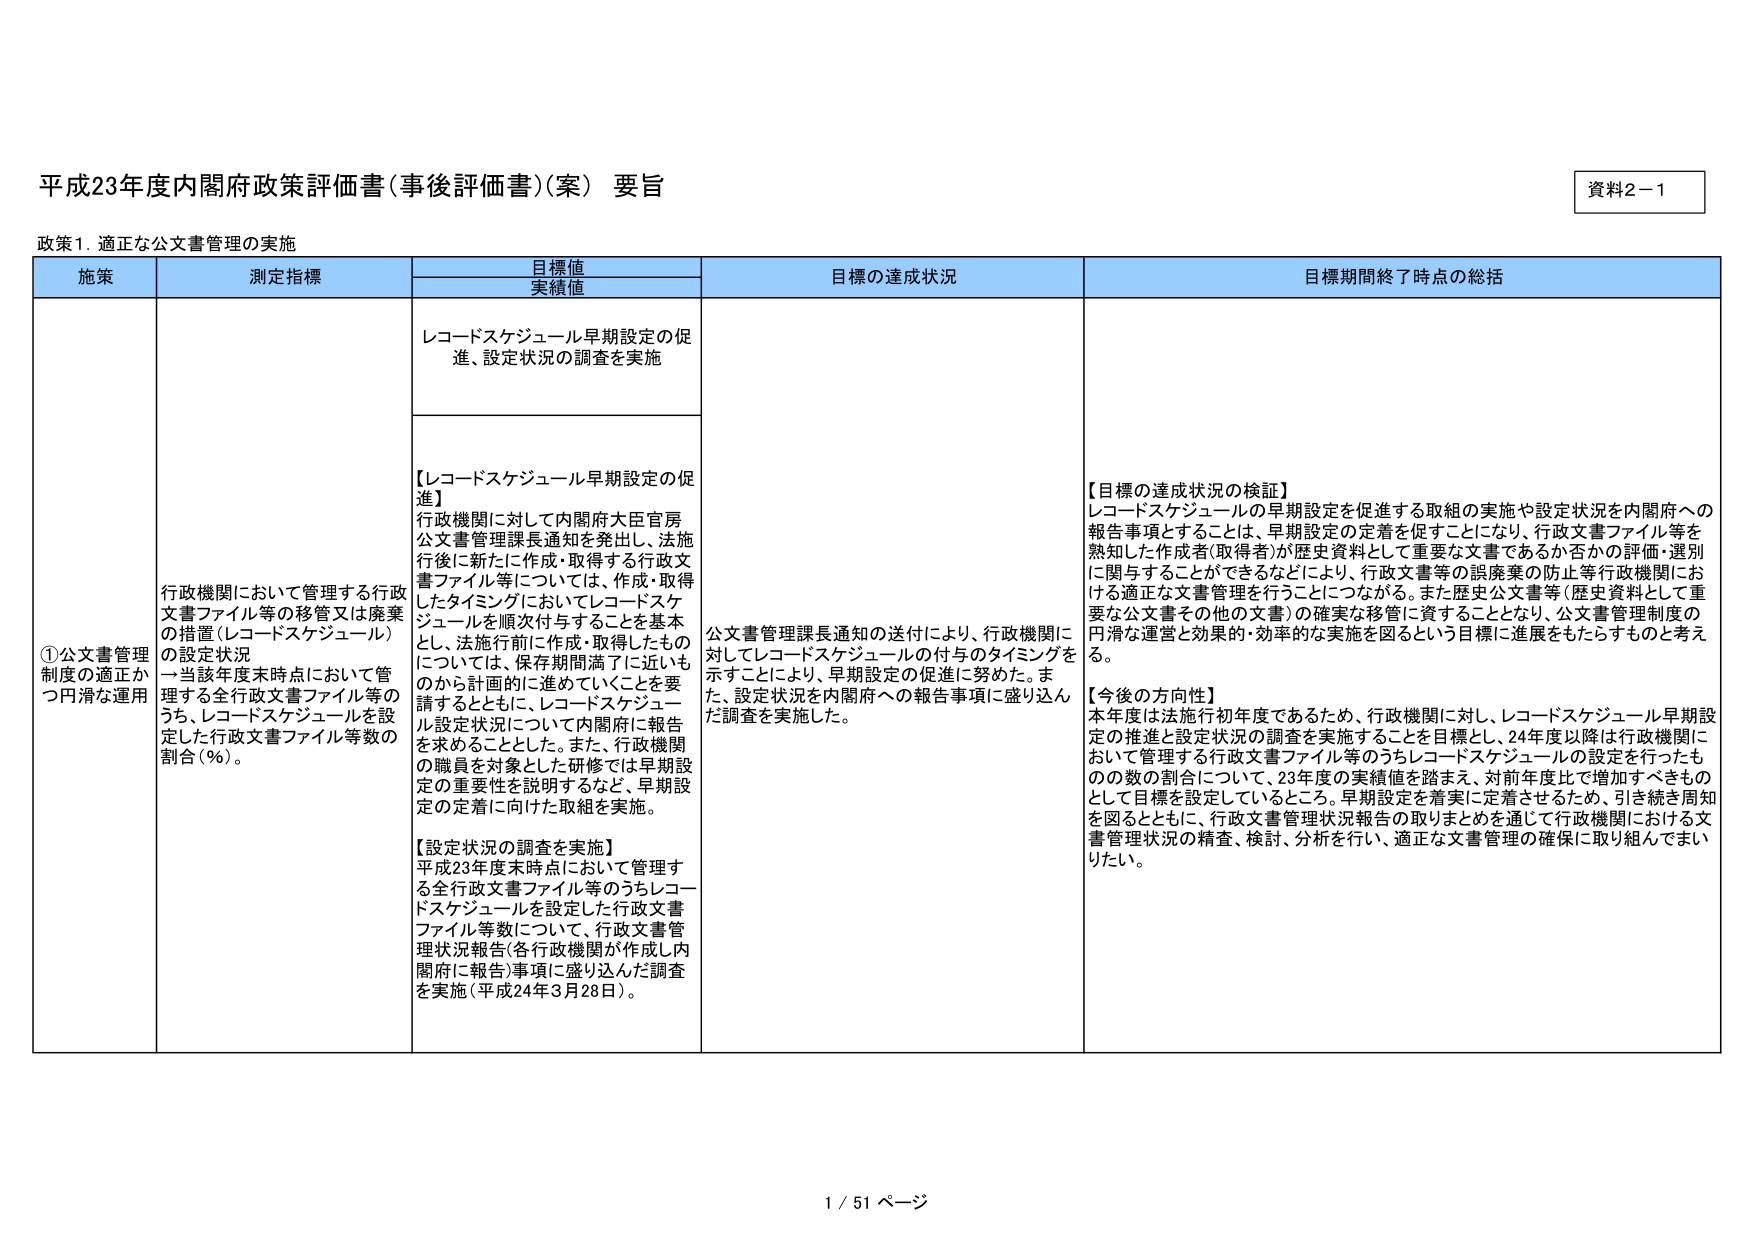
平成23年度内閣府政策評価書（事後評価書）（案） 要旨

資料2－1

政策1．適正な公文書管理の実施

施策 測定指標 目標値 実績値 目標の達成状況 目標期間終了時点の総括

①公文書管理制度の適正かつ円滑な運用

行政機関において管理する行政文書ファイル等の移管又は廃棄の措置（レコードスケジュール）の設定状況 →当該年度末時点において管理する全行政文書ファイル等のうち、レコードスケジュールを設定した行政文書ファイル等数の割合（％）。

レコードスケジュール早期設定の促進、設定状況の調査を実施

【レコードスケジュール早期設定の促進】
行政機関に対して内閣府大臣官房公文書管理課長通知を発出し、法施行後に新たに作成・取得する行政文書ファイル等については、作成・取得したタイミングにおいてレコードスケジュールを順次付与することを基本とし、法施行前に作成・取得したものについては、保存期間満了に近いものから計画的に進めていくことを要請するとともに、レコードスケジュール設定状況について内閣府に報告を求めることとした。また、行政機関の職員を対象とした研修では早期設定の重要性を説明するなど、早期設定の定着に向けた取組を実施。

【設定状況の調査を実施】
平成23年度末時点において管理する全行政文書ファイル等のうちレコードスケジュールを設定した行政文書ファイル等数について、行政文書管理状況報告（各行政機関が作成し内閣府に報告）事項に盛り込んだ調査を実施（平成24年3月28日）。

公文書管理課長通知の送付により、行政機関に対してレコードスケジュールの付与のタイミングを示すことにより、早期設定の促進に努めた。また、設定状況を内閣府への報告事項に盛り込んだ調査を実施した。

【目標の達成状況の検証】
レコードスケジュールの早期設定を促進する取組の実施や設定状況を内閣府への報告事項とするこ とは、早期設定の定着を促すことになり、行政文書ファイル等を熟知した作成者（取得者）が歴史資料として重要な文書であるか否かの評価・選別に関与することができるなどにより、行政文書等の誤廃棄の防止等行政機関における適正な文書管理を行うことにつながる。また歴史公文書等（歴史資料として重要な公文書その他の文書）の確実な移管に資することとなり、公文書管理制度の円滑な運営と効果的・効率的な実施を図るという目標に進展をもたらすものと考える。

【今後の方向性】
本年度は法施行初年度であるため、行政機関に対し、レコードスケジュール早期設定の推進と設定状況の調査を実施することを目標とし、24年度以降は行政機関において管理する行政文書ファイル等のうちレコードスケジュールの設定を行ったものの数の割合について、23年度の実績値を踏まえ、対前年度比で増加すべきものとして目標を設定しているところ。早期設定を着実に定着させるため、引き続き周知を図るとともに、行政文書管理状況報告の取りまとめを通じて行政機関における文書管理状況の精査、検討、分析を行い、適正な文書管理の確保に取り組んでまいりたい。

1 / 51 ページ